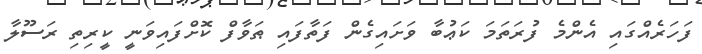
ފަހަރެއްގައި އެންމެ ފުރަތަމަ ކަޢުބާ ވަށައިގެން ފަތާފައި ޠަވާފް ކޮށްފައިވަނީ ކީރިތި ރަސޫލާ